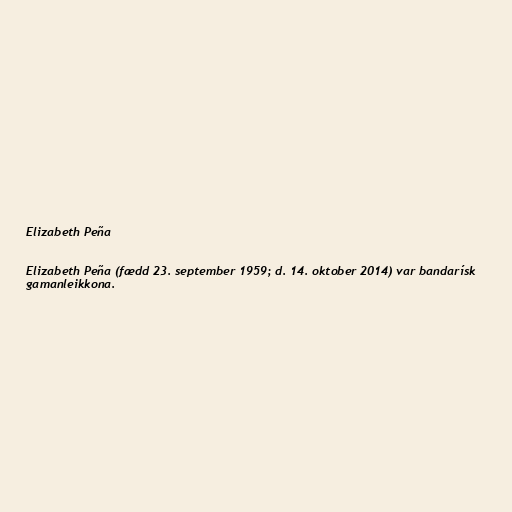
Elizabeth Peña

Elizabeth Peña (fædd 23. september 1959; d. 14. oktober 2014) var bandarísk
gamanleikkona.